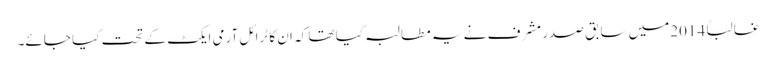
غالباً 2014میں سابق صدر مشرف نے یہ مطالبہ کیا تھا کہ ان کا ٹرائل آرمی ایکٹ کے تحت کیا جائے۔